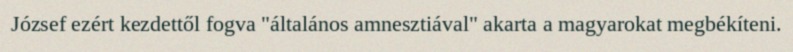
József ezért kezdettől fogva "általános amnesztiával" akarta a magyarokat megbékíteni.